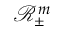
\mathscr { R } _ { \pm } ^ { m }